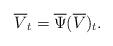
LaTeX: \begin{align*} \overline{V}_t=\overline{\Psi}(\overline{V})_t.\end{align*}